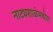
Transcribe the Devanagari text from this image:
नाट्यशाळेमधील